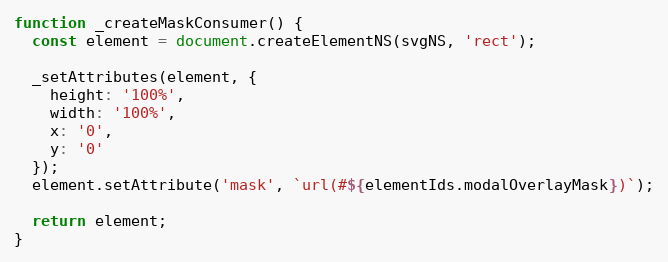
Language: JavaScript
function _createMaskConsumer() {
  const element = document.createElementNS(svgNS, 'rect');

  _setAttributes(element, {
    height: '100%',
    width: '100%',
    x: '0',
    y: '0'
  });
  element.setAttribute('mask', `url(#${elementIds.modalOverlayMask})`);

  return element;
}